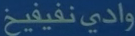
وادي نفييف